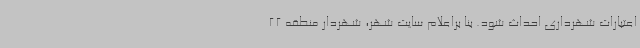
اعتبارات شهرداری احداث شود. بنا براعلام سایت شهر، شهردار منطقه 22